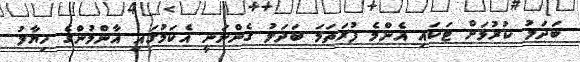
ބަދަލު ކުރުމަށް ޓަކައި އެންމެ ފުރަތަމަ ބަދަލު ގެންނަނީ އެކަމުގައި އާންމުންގެ ހިޔާލު